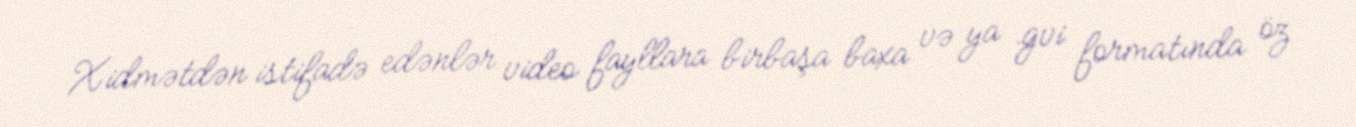
Xidmətdən istifadə edənlər video fayllara birbaşa baxa və ya .gvi formatında öz